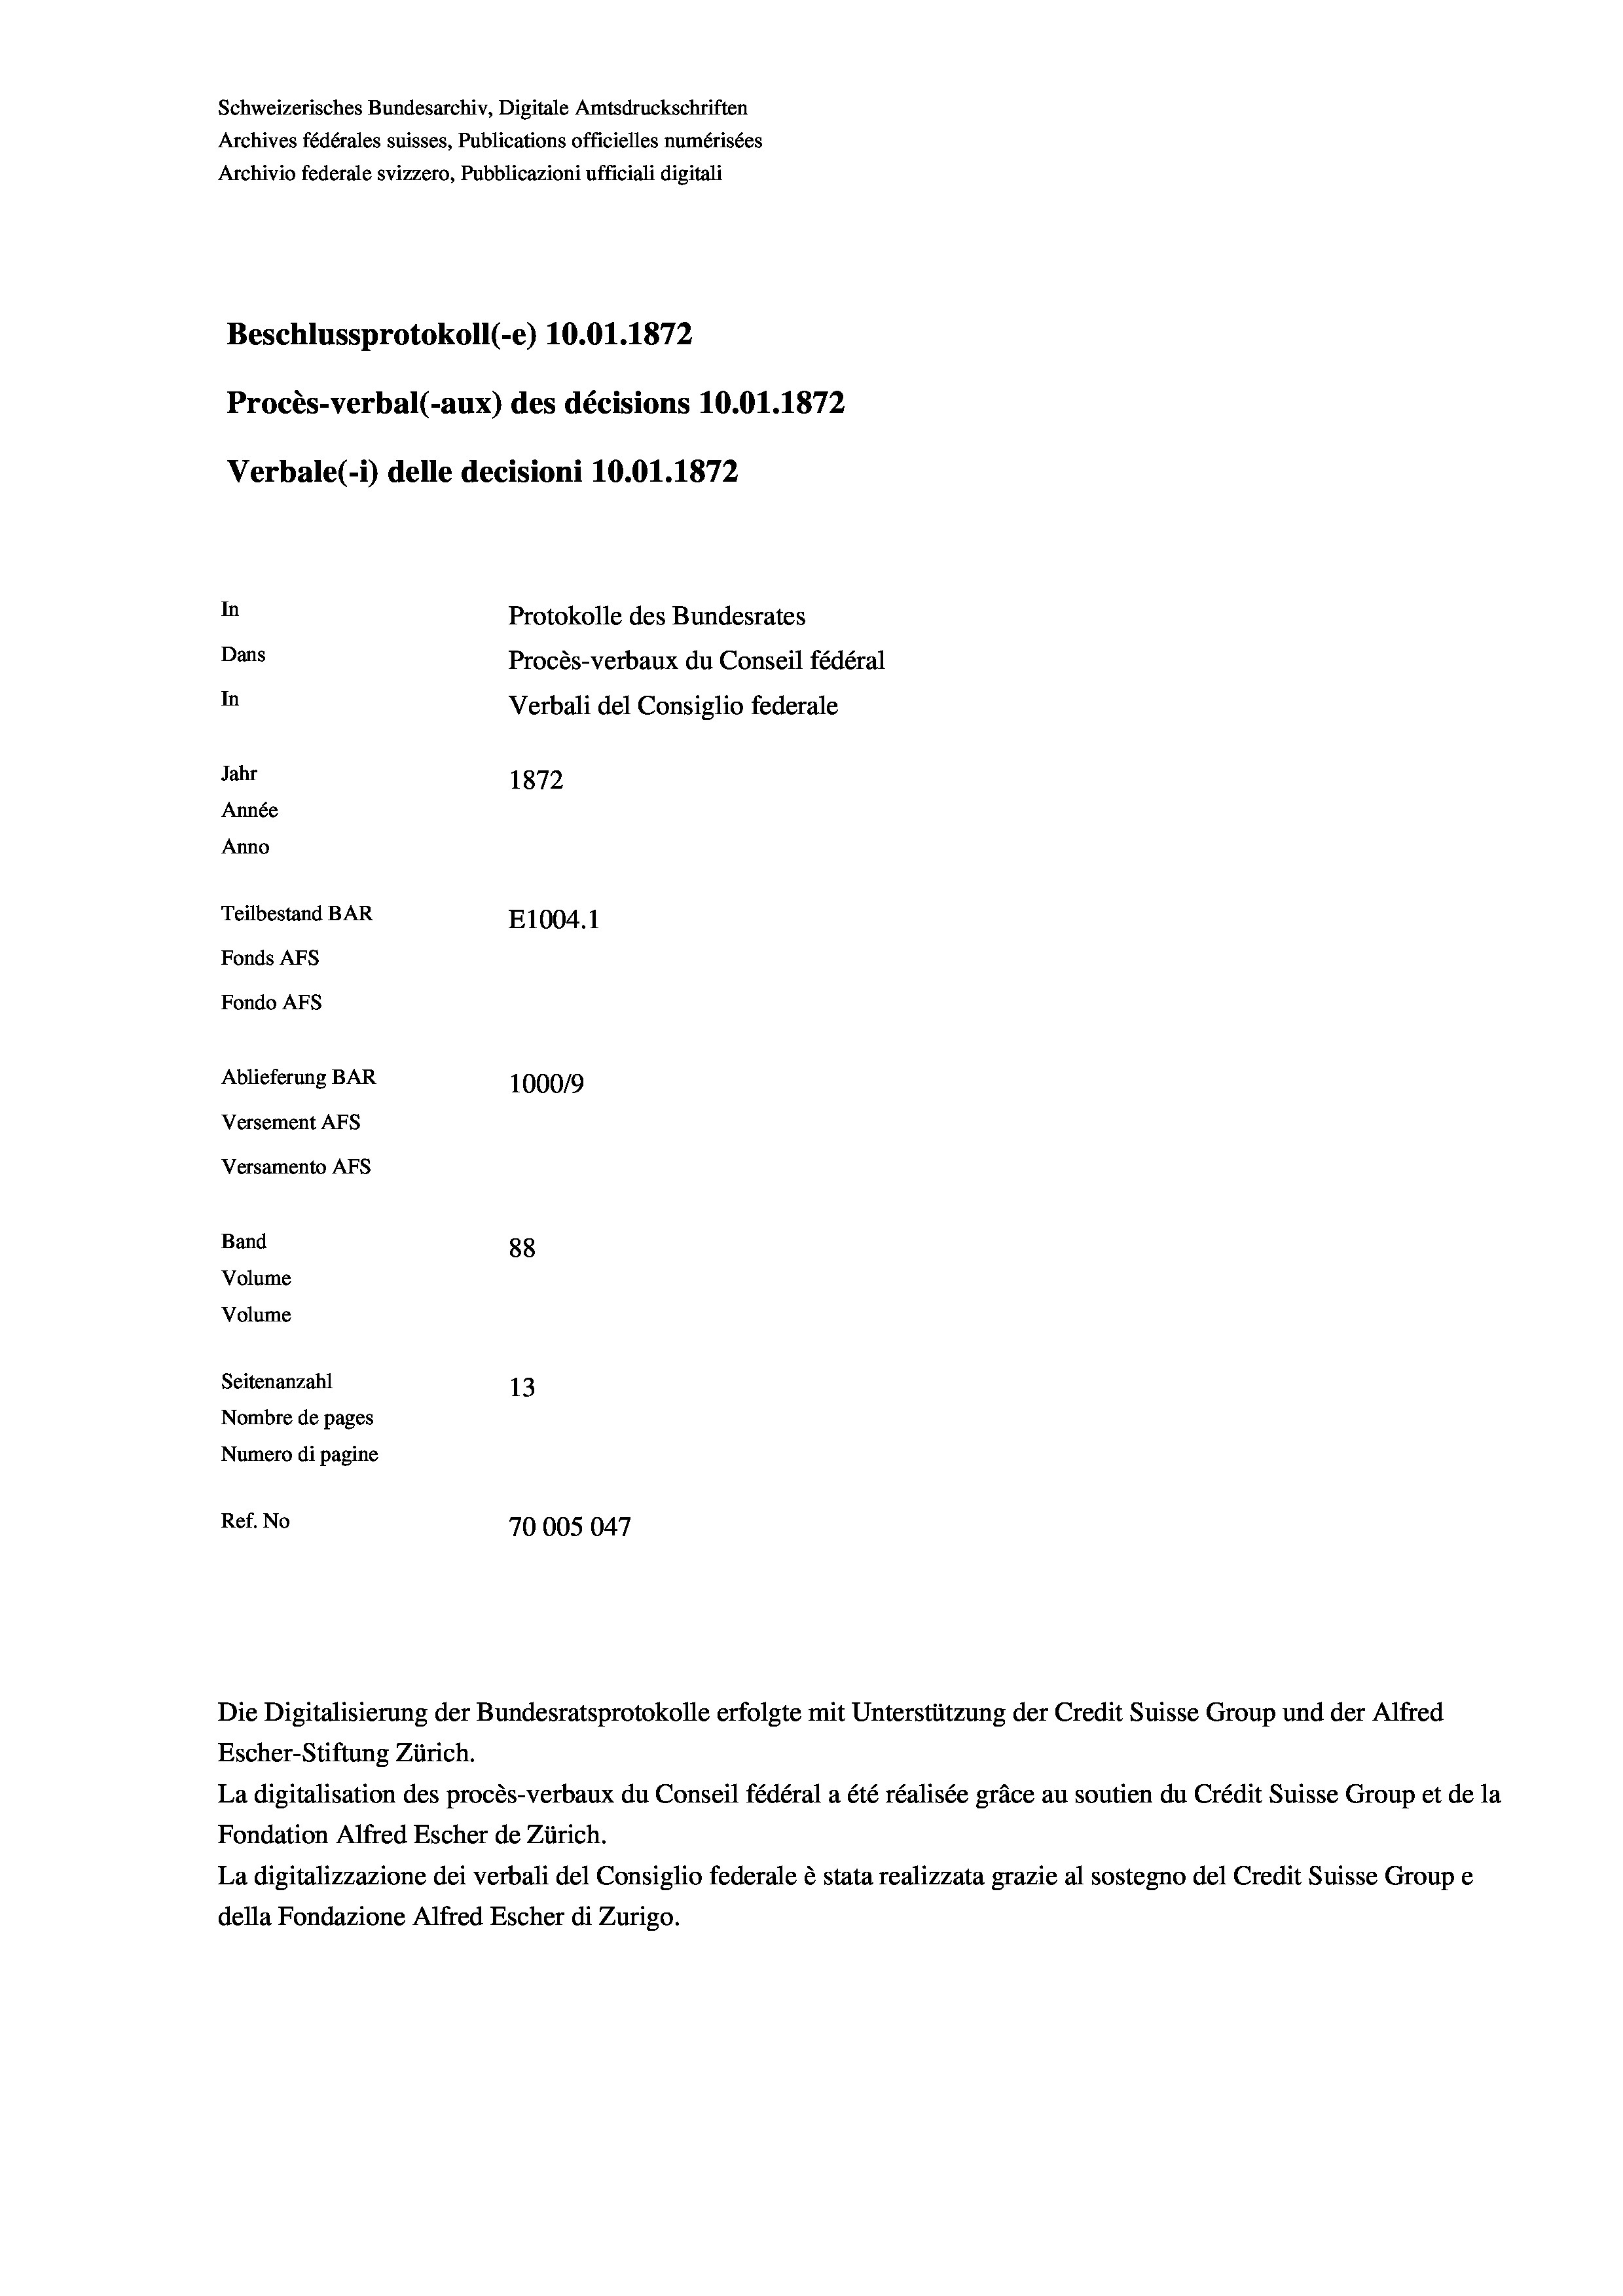
Schweizerisches Bundesarchiv, Digitale Amtsdruckschriften
Archives fédérales suisses, Publications officielles numérisées
Archivio federale svizzero, Pubblicazioni ufficiali digitali
Beschlussprotokoll (-e) 10.01. 1872
Procès-verbal (-aux) des décisions 10.01. 1872
Verbale (1) delle decisioni 10.01. 1872
In
Protokolle des Bundesrates
Dans
Procès-verbaux du Conseil fédéral
In
Verbali del Consiglio federale
Jahr
1872
Année
Anno
Teilbestand BAR
E1004.1
Fonds AFs
Fondo AFs
Ablieferung BAR
100019
Versement AFS
Versamento Afs
Band
88
Volume
Volume
Seitenanzahl
13
Nombre de pages
Numero di pagine
Ref. No
70005047

Escher-Stiftung Zürich.
La digitalisation des procès-verbaux du Conseil fédéral a été réalisée gräce au soutien du Crédit Suisse Group et de la
Fondation Alfred Escher de Zürich.
La digitalizzazione dei verbali del Consiglio federale è stata realizzata grazie al sostegno del Credit Suisse Groupe
della Fondazione Alfred Escher di Zurigo.

Die Digitalisierung der Bundesratsprotokolle erfolgte mit Unterstützung der Credit Suisse Group und der Alfred